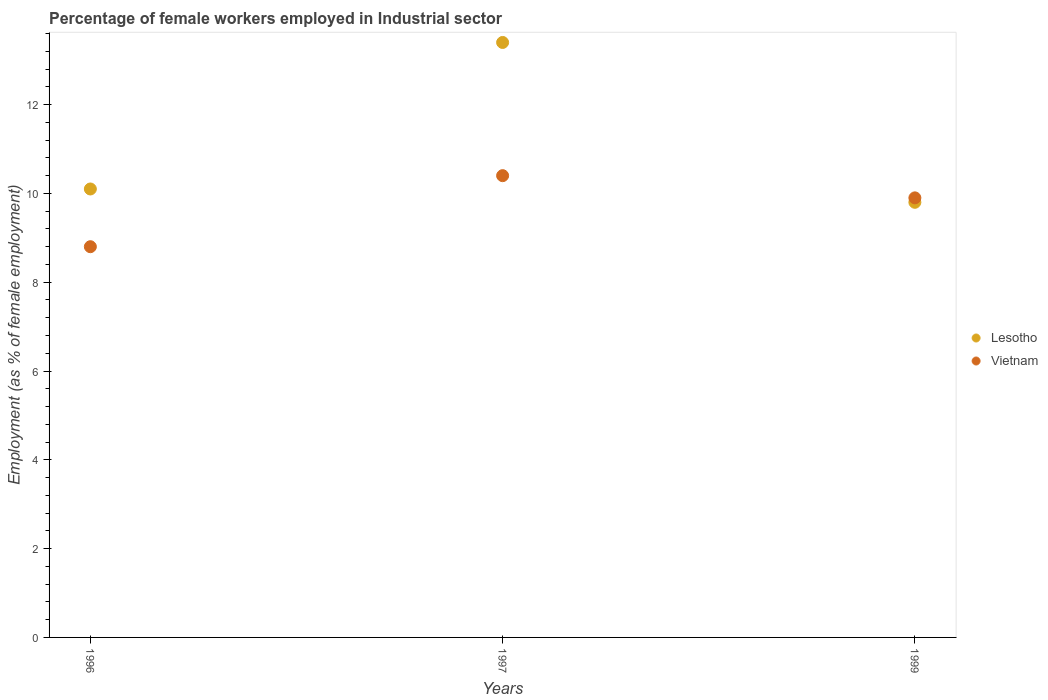
| Years | Lesotho | Vietnam |
 | --- | --- | --- |
 | 1996 | 10.1 | 8.8 |
 | 1997 | 13.4 | 10.4 |
 | 1999 | 9.8 | 9.9 |